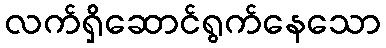
လက်ရှိဆောင်ရွက်နေသော